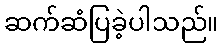
ဆက်ဆံပြခဲ့ပါသည်။